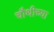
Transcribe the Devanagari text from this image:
चौथीच्या